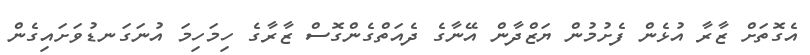
އެގޮތަށް ޒާރާ އުޅެން ފެށުމުން ޔަޒްދާން އޭނާގެ ދެއަތްގެންގޮސް ޒާރާގެ ހިމަހިމަ އުނަގަނޑުވަށައިގެން